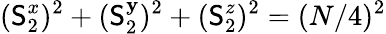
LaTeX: (\mathsf{S}_{2}^{x})^{2}+(\mathsf{S}_{2}^{\mathbf{y}})^{2}+(\mathsf{S}_{2}^{z})^{2}=(N/4)^{2}